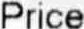
PRICE